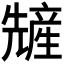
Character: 𫤢